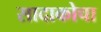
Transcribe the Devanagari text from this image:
सादाकोचा